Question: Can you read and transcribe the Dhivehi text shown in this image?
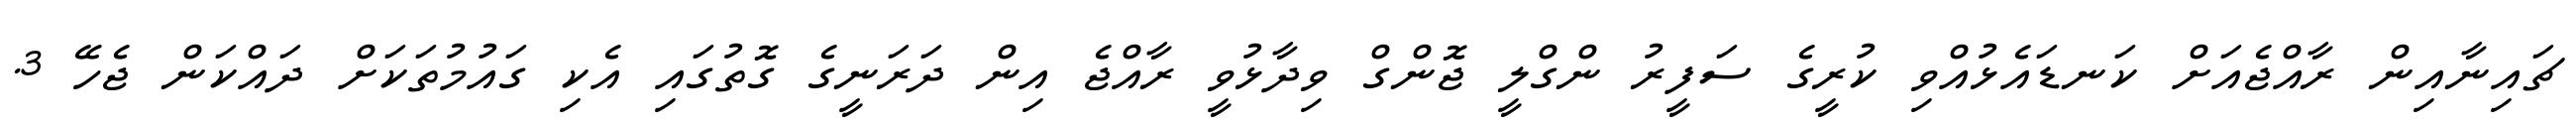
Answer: ޗައިނާއިން ރާއްޖެއަށް ކަނޑައެޅުއްވި ކުރީގެ ސަފީރު ންގްލީ ޖޮންގް ވިދާޅުވީ ރާއްޖެ އިން ދަރަނީގެ ގޮތުގައި އެކި ގައުމުތަކަށް ދައްކަން ޖެހޭ 3.